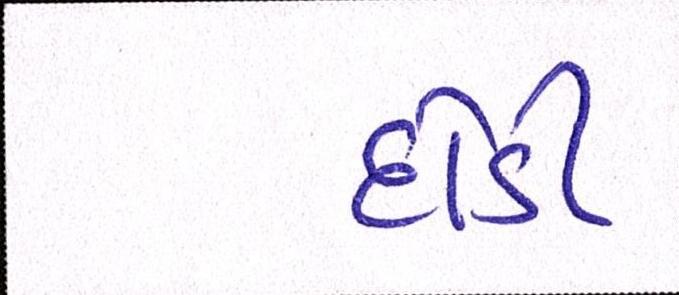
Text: દોડી